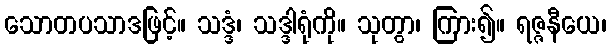
သောတပသာဒဖြင့်။ သဒ္ဒံ၊ သဒ္ဒါရုံကို။ သုတွာ၊ ကြား၍။ ရဇ္ဇနီယေ၊